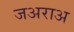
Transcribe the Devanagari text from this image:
जअराअ